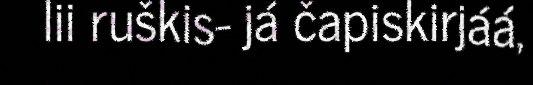
lii ruškis- já čapiskirjáá,